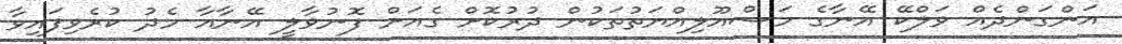
އަންގަންދެއް ވަލްކޭ އޭނާގެ މަސްއޫލިއްޔަތުތަކުން ދުރުކޮށް ގެއަށް ފޮނުވާލީ އޭނާއާ މެދު ކުރެވިފައިވާ